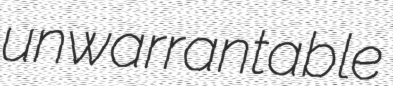
unwarrantable